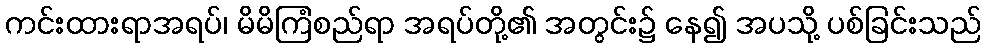
ကင်းထားရာအရပ်၊ မိမိကြံစည်ရာ အရပ်တို့၏ အတွင်း၌ နေ၍ အပသို့ ပစ်ခြင်းသည်